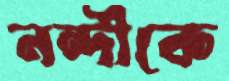
নন্দীকে